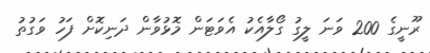
ރޫނީގެ 200 ވަނަ ލީގު ގޯލާއެކު އެވަޓަން މޮޅުވާން ދަނިކޮށް ފަހު ވަގުތު